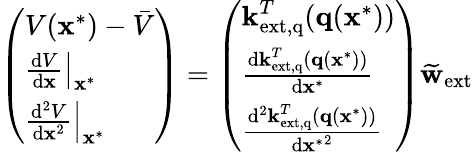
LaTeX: \left(\begin{array}{l}{V(\textbf{x}^{*})-\bar{V}}\\ {\left.\frac{\mathrm{d}V}{\mathrm{d}\textbf{x}}\right|_{\textbf{x}^{*}}}\\ {\left.\frac{\mathrm{d}^{2}V}{\mathrm{d}\textbf{x}^{2}}\right|_{\textbf{x}^{*}}}\end{array}\right)=\left(\begin{array}{l}{\textbf{k}_{\mathrm{ext,q}}^{T}(\textbf{q}(\textbf{x}^{*}))}\\ {\frac{\mathrm{d}\textbf{k}_{\mathrm{ext,q}}^{T}(\textbf{q}(\textbf{x}^{*}))}{\mathrm{d}\textbf{x}^{*}}}\\ {\frac{\mathrm{d}^{2}\textbf{k}_{\mathrm{ext,q}}^{T}(\textbf{q}(\textbf{x}^{*}))}{\mathrm{d}{\textbf{x}^{*}}^{2}}}\end{array}\right)\widetilde{\textbf{w}}_{\mathrm{ext}}